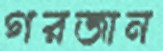
গরজান